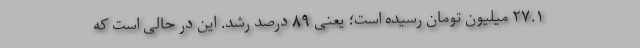
۲۷.۱ میلیون تومان رسیده است؛ یعنی ۸۹ درصد رشد. این در حالی است که